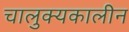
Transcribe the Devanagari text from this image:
चालुक्‍यकालीन